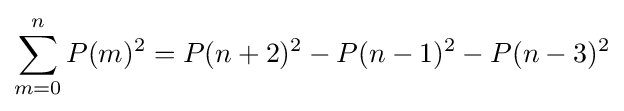
\sum _{m=0}^{n}P(m)^{2}=P(n+2)^{2}-P(n-1)^{2}-P(n-3)^{2}